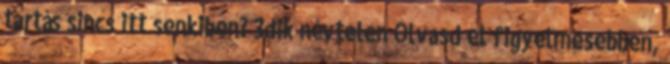
tartás sincs itt senkiben? 3dik névtelen Olvasd el figyelmesebben,